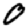
Digit: 0